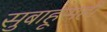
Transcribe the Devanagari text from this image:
सुबाहूसही